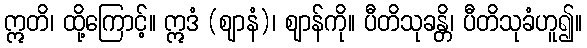
ဣတိ၊ ထို့ကြောင့်။ ဣဒံ (ဈာနံ)၊ ဈာန်ကို။ ပီတိသုခန္တိ၊ ပီတိသုခံဟူ၍။